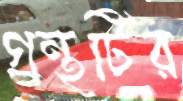
গ্রন্থটির